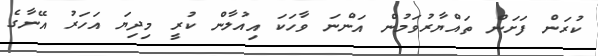
ކުރަން ފަށަން ތައްޔާރުވަމުން އަންނަ ވާހަކަ އިއުލާން ކުރީ މިދިޔަ އަހަރު އޭނާގެ